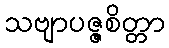
သဗျာပဇ္ဇစိတ္တာ